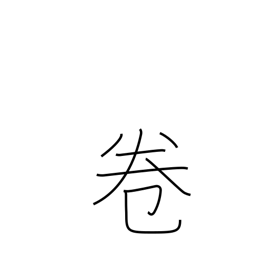
Meaning: part